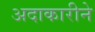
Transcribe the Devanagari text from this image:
अदाकारीने